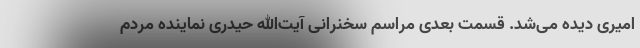
امیری دیده می‌شد. قسمت بعدی مراسم سخنرانی آیت‌الله حیدری نماینده مردم